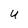
Character: U